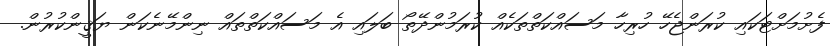
ފެށުމަށްޓަކައި ކުރަންޖެހޭ ހުރިހާ މަސައްކަތްތަކެއް ކުރަމުންދޭތޯ ބަލައި އެ މަސައްކަތްތައް ނިންމޭނެކަން ޔަޤީންކުރުން.